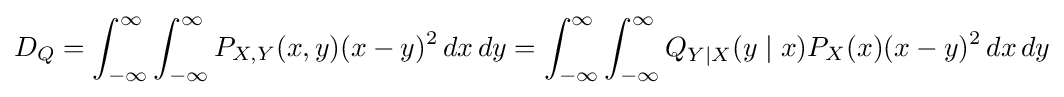
D_{Q}=\int _{-\infty }^{\infty }\int _{-\infty }^{\infty }P_{X,Y}(x,y)(x-y)^{2}\,dx\,dy=\int _{-\infty }^{\infty }\int _{-\infty }^{\infty }Q_{Y\mid X}(y\mid x)P_{X}(x)(x-y)^{2}\,dx\,dy